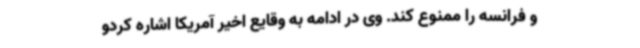
و فرانسه را ممنوع کند. وی در ادامه به وقایع اخیر آمریکا اشاره کردو